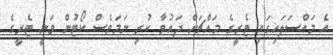
އެ މައްސަލައިގައި ޓެރީގެ މައްޗަށް ދައުވާ ކުރި ނަމަވެސް ކޯޓުން ވަނީ ޓެރީގެ